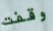
وقفت